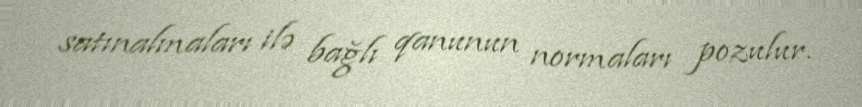
satınalmaları ilə bağlı qanunun normaları pozulur.